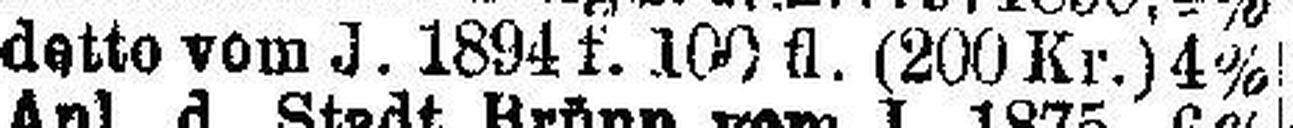
detto vom J. 1894 f. 100 fl. (200 Kr.) 4%